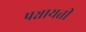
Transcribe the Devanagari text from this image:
पञ्चायती